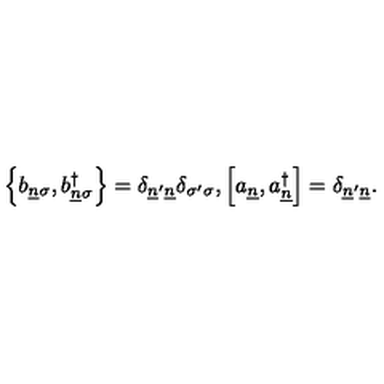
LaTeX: \left\{ b _ { \underline { { n } } \sigma } , b _ { \underline { { n } } \sigma } ^ { \dagger } \right\} = \delta _ { \underline { { n } } ^ { \prime } \underline { { n } } } \delta _ { \sigma ^ { \prime } \sigma } , \left[ a _ { \underline { { n } } } , a _ { \underline { { n } } } ^ { \dagger } \right] = \delta _ { \underline { { n } } ^ { \prime } \underline { { n } } } .